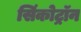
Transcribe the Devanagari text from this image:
सिंकोट्रॉन